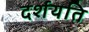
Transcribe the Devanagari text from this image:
दर्शयति